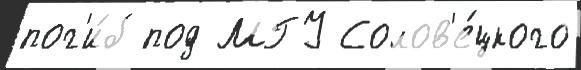
пог'и́б под МГУ Солов'е́цкого